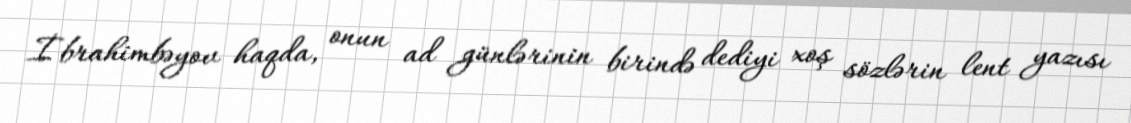
İbrahimbəyov haqda, onun ad günlərinin birində dediyi xoş sözlərin lent yazısı